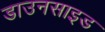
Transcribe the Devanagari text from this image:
डाउनसाइड